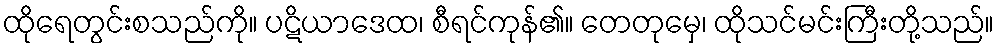
ထိုရေတွင်းစသည်ကို။ ပဋိယာဒေထ၊ စီရင်ကုန်၏။ တေတုမှေ၊ ထိုသင်မင်းကြီးတို့သည်။